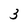
Character: 3